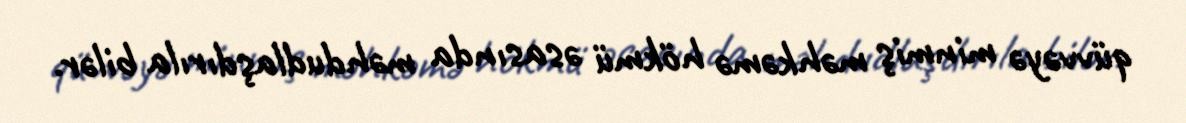
qüvvəyə minmiş məhkəmə hökmü əsasında məhdudlaşdırıla bilər.